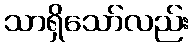
သာရှိသော်လည်း